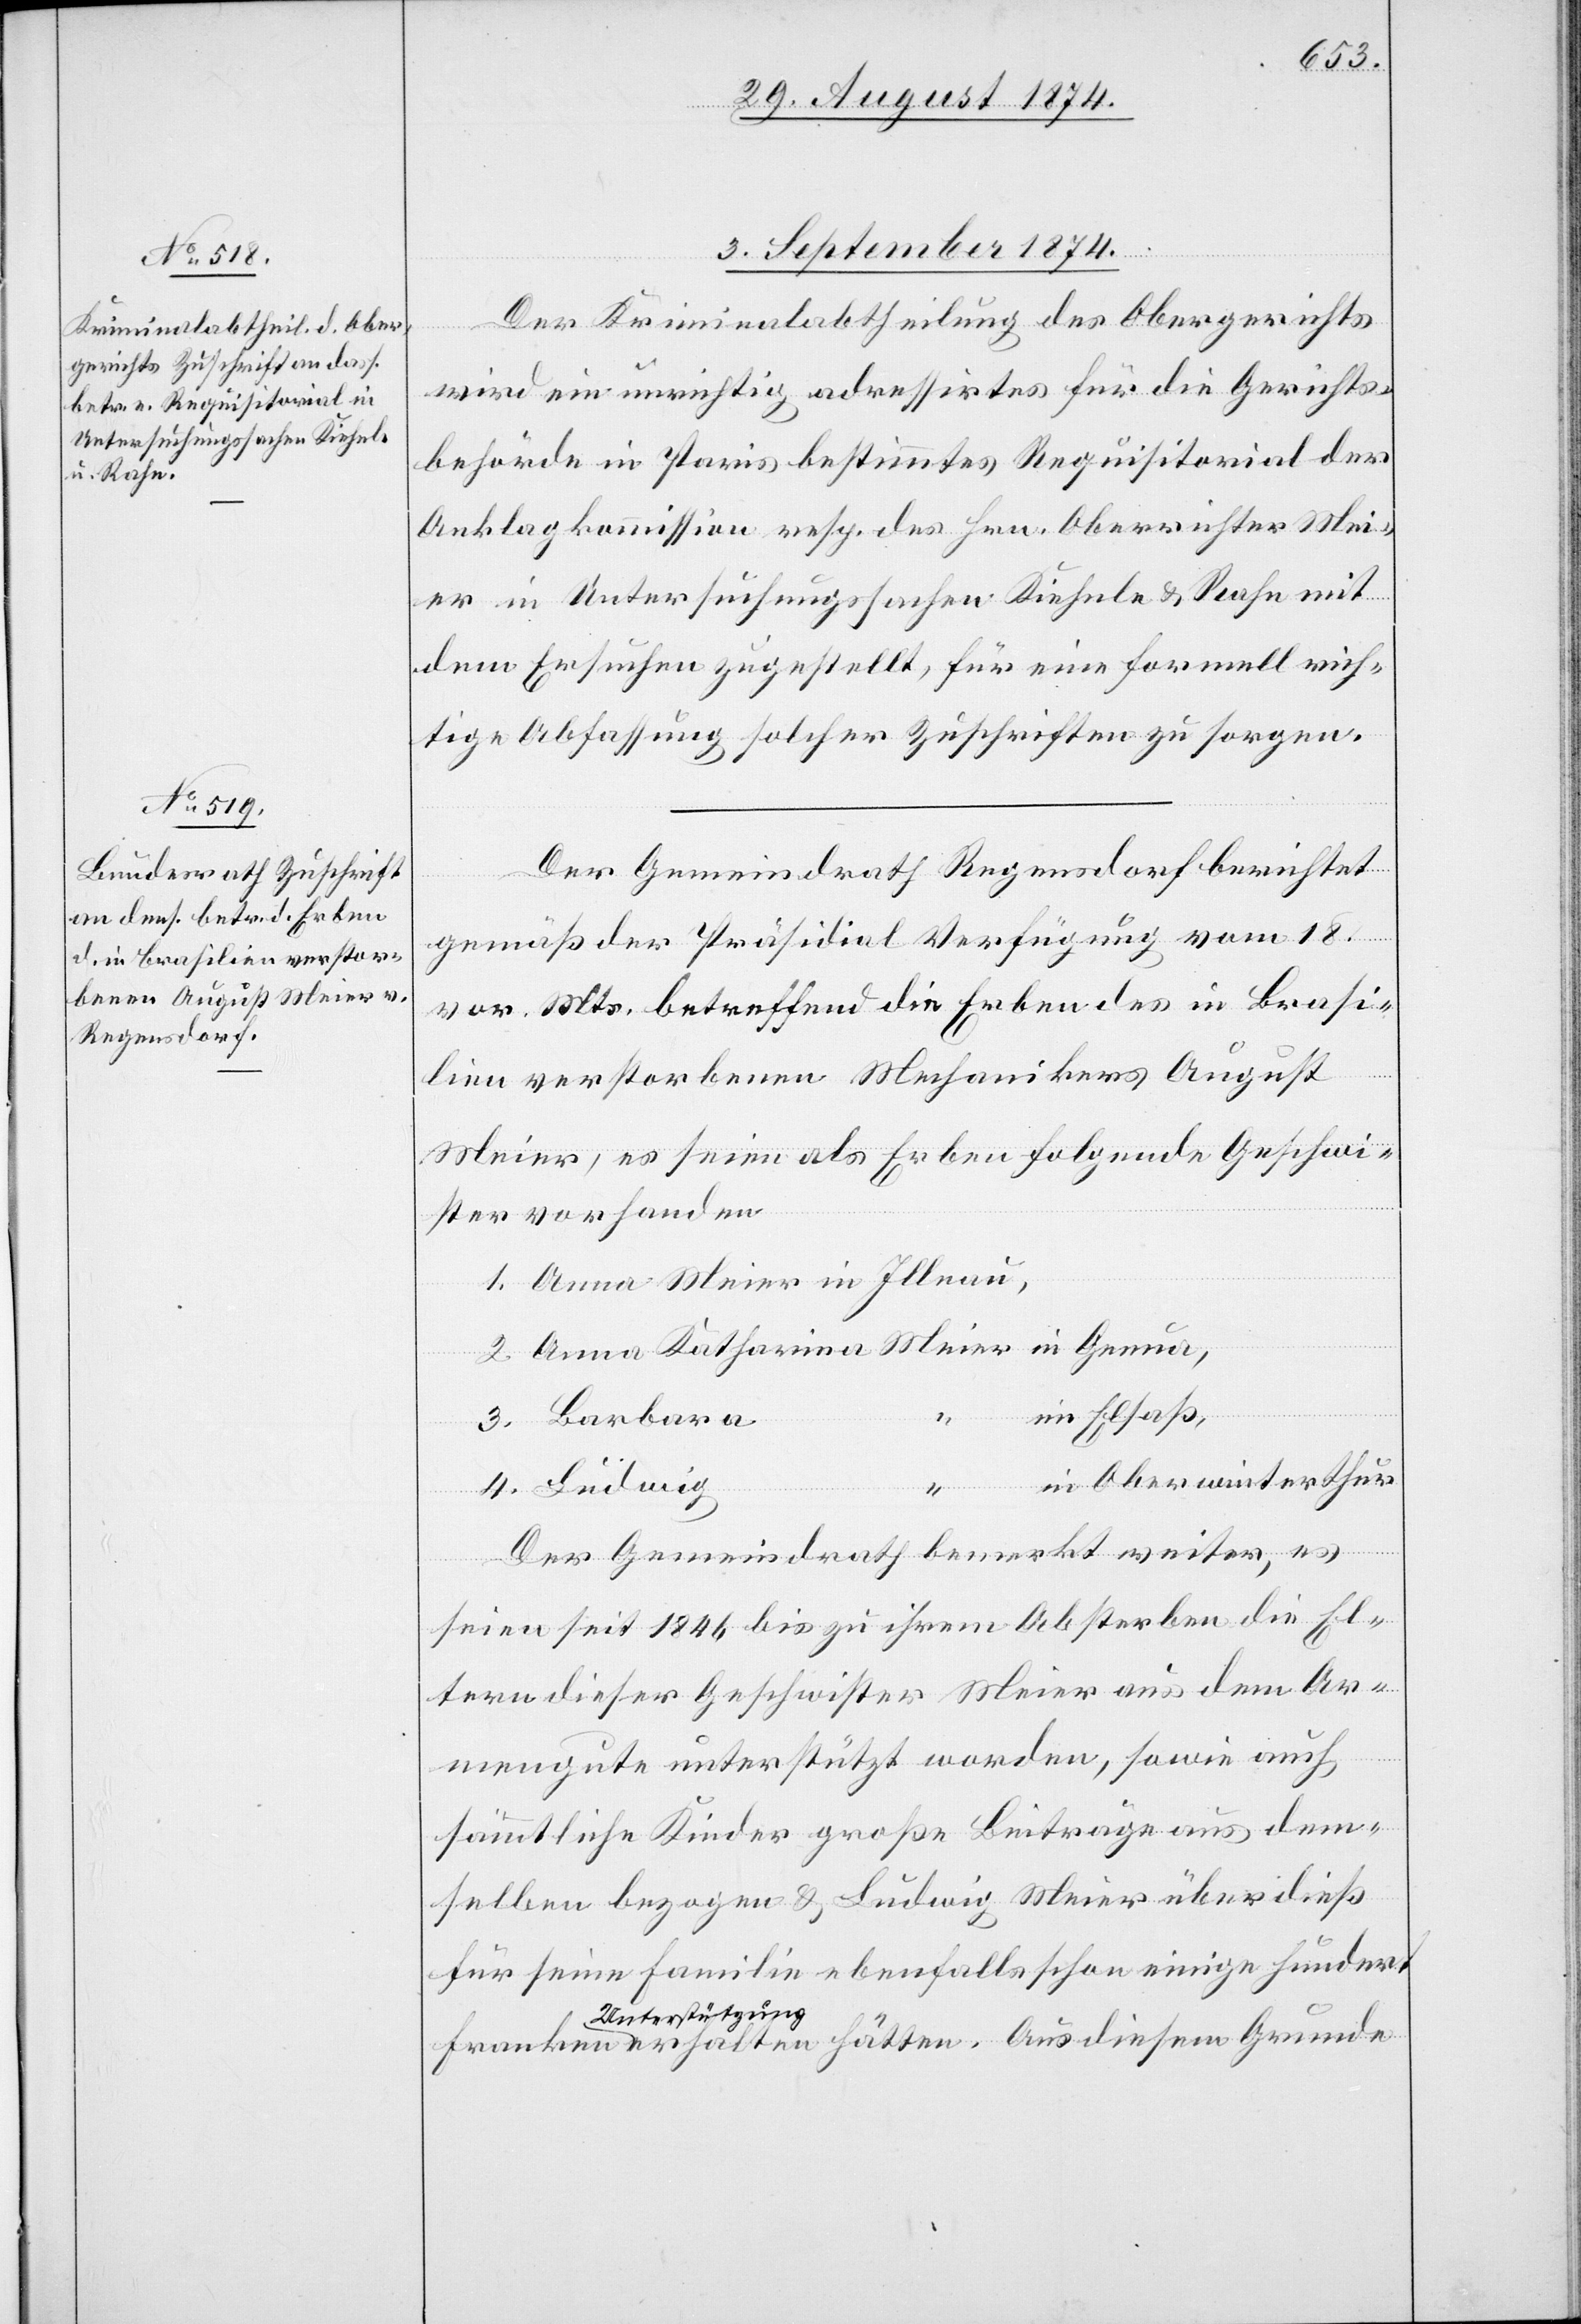
3. September 1874.]
Der Kriminalabtheilung des Obergerichts
hätten
wird ein unrichtig adressirtes für die Gerichts¬
behörde in Paris bestimmtes Requisitorial der
Anklagekommission resp. des Hrn. Oberrichter Mei¬
er in Untersuchungssachen Kiehele u. Rahn mit
dem Ersuchen zugestellt, für eine formell rich¬
tige Abfassung solcher Zuschriften zu sorgen.
Der Gemeindrath Regensdorf berichtet
gemäß der Präsidial-Verfügung vom 18.
vor. Mts. betreffend die Erben des in Brasi¬
lien verstorbenen Mechanikers August
Meier, es seien als Erben folgende Geschwi¬
ster vorhanden:
im Elsaß,
l-Ver¬
in Oberwinterthur
Aus
4.
Grunde
Der Gemeindrath bemerkt weiter, es
seien seit 1846 bis zu ihrem Absterben die El¬
tern dieser Geschwister Meier aus dem Ar¬
mengute unterstützt worden, sowie auch
sämmtliche Kinder große Beiträge aus dem¬
selben bezogen u. Ludwig Meier überdieß
Unterstützung